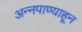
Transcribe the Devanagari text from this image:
अन्नपाण्याहून